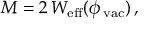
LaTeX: M = 2 \, { \cal W } _ { \mathrm { e f f } } ( \phi _ { \, \mathrm { v a c } } ) \, ,